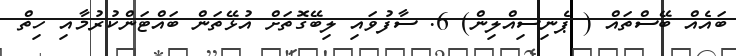
ބައެއް ބޭސްތައް ( ޕެނިސިއްލިން) 6. ސާފުވައި ލިބޭގޮތަށް އުޅޭތަން ބައްޓަންކުރުމާއި ހިތް